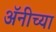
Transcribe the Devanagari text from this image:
अॅनीच्या